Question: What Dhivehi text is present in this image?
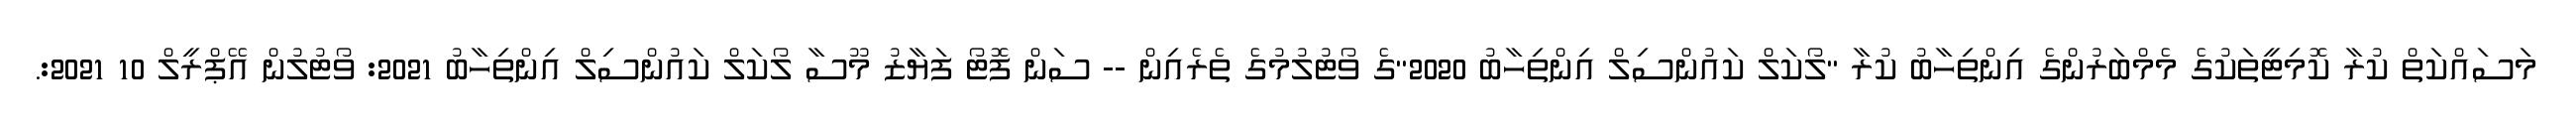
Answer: މަސައްކަތް ކުރާ ކޮމިޓީތަކުގެ މެމްބަރުންގެ އިންތިހާބު ކުރާ "ލޯކަލް ކައުންސިލް އިންތިހާބު 2020"ގެ ވޯޓުލުމުގެ ތެރެއިން -- ސަން ފޮޓޯ ފަޔާޒު މޫސާ ލޯކަލް ކައުންސިލް އިންތިހާބު 2021: ވޯޓުލުން އޭޕްރީލް 10 2021:.